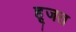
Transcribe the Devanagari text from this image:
हूजत